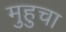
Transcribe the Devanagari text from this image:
मुहुचा